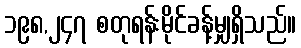
၁၉၈,၂၄၇ စတုရန်းမိုင်ခန့်မျှရှိသည်။